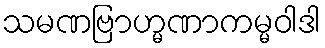
သမဏဗြာဟ္မဏာကမ္မဝါဒါ